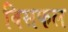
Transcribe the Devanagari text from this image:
विसफल